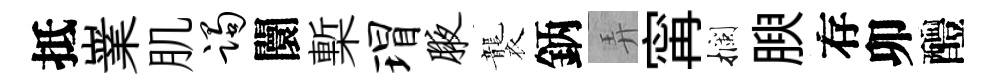
抵嶪肌躅闤槧瑁腋襲鈵弄𡩋攔腴存卯醴